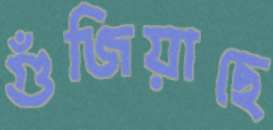
গুঁজিয়াছে